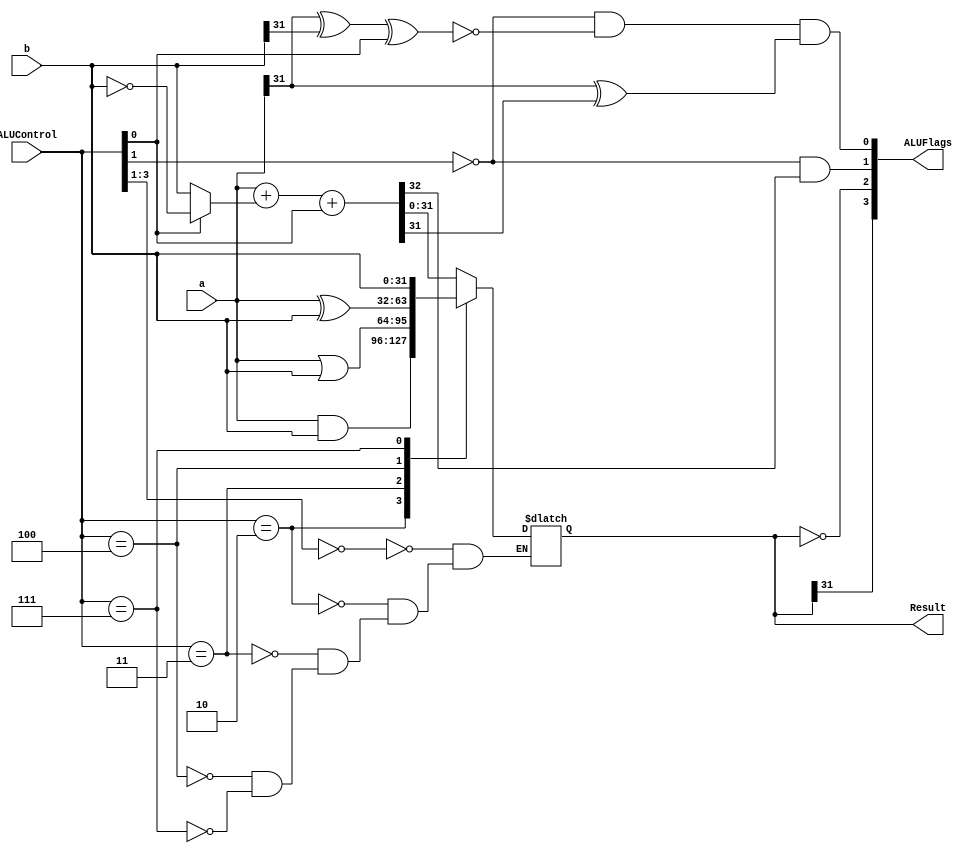
module alu(input  [31:0] a, b,
    input  [3:0]  ALUControl,
    output reg [31:0] Result,
    output wire [3:0]  ALUFlags);
    wire  neg, zero, carry, overflow;
    wire [31:0] condinvb;
    wire [32:0] sum;
    assign condinvb = ALUControl[0] ? ~b : b;
    assign sum = a + condinvb + ALUControl[0];
    always @(*)
    begin
        casex (ALUControl[3:0])
        4'b000?: Result = sum;
        4'b0010: Result = a & b;
        4'b0011: Result = a | b;
        4'b0100: Result = a ^ b;
        4'b0111: Result = b;
        endcase
    end
    assign neg      = Result[31];
    assign zero     = (Result == 32'b0);
    assign carry    = (ALUControl[1] == 1'b0) & sum[32];
    assign overflow = (ALUControl[1] == 1'b0) & ~(a[31] ^ b[31] ^ ALUControl[0]) & (a[31] ^ sum[31]);
    assign ALUFlags = {neg, zero, carry, overflow};
endmodule